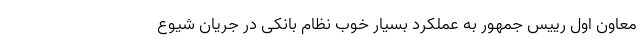
معاون اول رییس جمهور به عملکرد بسیار خوب نظام بانکی در جریان شیوع